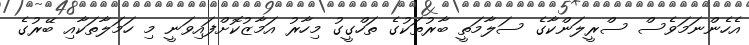
އެހެންނަމަވެސް ސްރީލަންކާގެ ސަލާމަތީ ބާރުތަކުގެ ތަހްގީގު މިހާރު އަމާޒުކޮށްފައިވަނީ މި ހަމަލާތަކާއި ބޭރުގެ